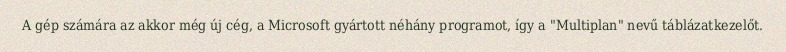
A gép számára az akkor még új cég, a Microsoft gyártott néhány programot, így a "Multiplan" nevű táblázatkezelőt.